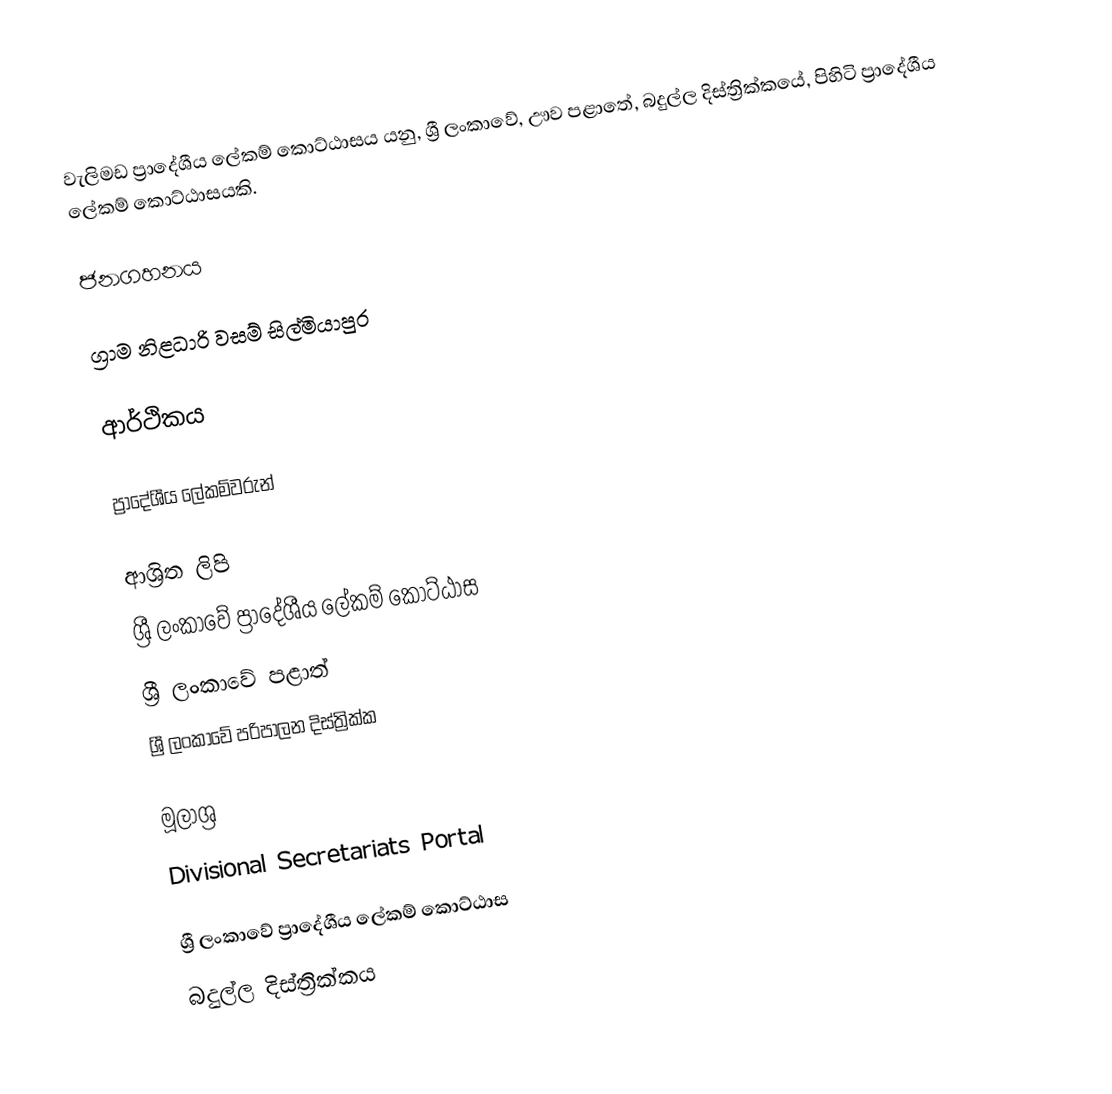
වැලිමඩ ප්‍රාදේශීය ලේකම් කොට්ඨාසය යනු,  ශ්‍රී ලංකාවේ, ඌව පළාතේ,   බදුල්ල දිස්ත්‍රික්කයේ, පිහිටි ප්‍රාදේශීය ලේකම් කොට්ඨාසයකි.

ජනගහනය

ග්‍රාම නිළධාරි වසම් සිල්මියාපුර

ආර්ථිකය

ප්‍රාදේශීය ලේකම්වරුන්

ආශ්‍රිත ලිපි
ශ්‍රී ලංකාවේ ප්‍රාදේශීය ලේකම් කොට්ඨාස
ශ්‍රී ලංකාවේ පළාත්
ශ්‍රී ලංකාවේ පරිපාලන දිස්ත්‍රික්ක

මූලාශ්‍ර
 Divisional Secretariats Portal

ශ්‍රී ලංකාවේ ප්‍රාදේශීය ලේකම් කොට්ඨාස
බදුල්ල දිස්ත්‍රික්කය